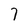
Character: 7